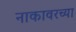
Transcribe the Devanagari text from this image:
नाकावरच्या